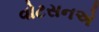
વોટસનએ